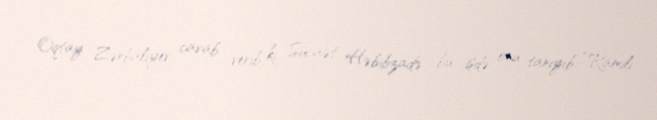
Oqtay Zərbalıyev cavab verib ki, Sücaət Həbibzadə bu işdə onu tanıyıb: “Ramili